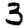
Digit: 3